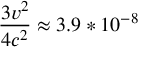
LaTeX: { \frac { 3 v ^ { 2 } } { 4 c ^ { 2 } } } \approx 3 . 9 * 1 0 ^ { - 8 }